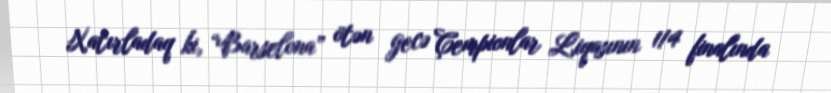
Xatırladaq ki, “Barselona” ötən gecə Çempionlar Liqasının 1/4 finalında